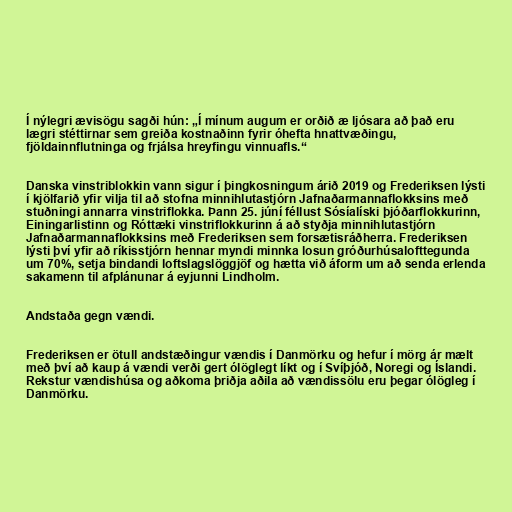
Í nýlegri ævisögu sagði hún: „Í mínum augum er orðið æ ljósara að það eru
lægri stéttirnar sem greiða kostnaðinn fyrir óhefta hnattvæðingu,
fjöldainnflutninga og frjálsa hreyfingu vinnuafls.“

Danska vinstriblokkin vann sigur í þingkosningum árið 2019 og Frederiksen lýsti
í kjölfarið yfir vilja til að stofna minnihlutastjórn Jafnaðarmannaflokksins með
stuðningi annarra vinstriflokka. Þann 25. júní féllust Sósíalíski þjóðarflokkurinn,
Einingarlistinn og Róttæki vinstriflokkurinn á að styðja minnihlutastjórn
Jafnaðarmannaflokksins með Frederiksen sem forsætisráðherra. Frederiksen
lýsti því yfir að ríkisstjórn hennar myndi minnka losun gróðurhúsalofttegunda
um 70%, setja bindandi loftslagslöggjöf og hætta við áform um að senda erlenda
sakamenn til afplánunar á eyjunni Lindholm.

Andstaða gegn vændi.

Frederiksen er ötull andstæðingur vændis í Danmörku og hefur í mörg ár mælt
með því að kaup á vændi verði gert ólöglegt líkt og í Svíþjóð, Noregi og Íslandi.
Rekstur vændishúsa og aðkoma þriðja aðila að vændissölu eru þegar ólögleg í
Danmörku.